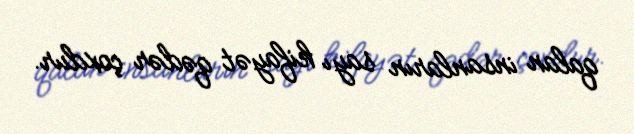
qalan insanların sayı kifayət qədər çoxdur.